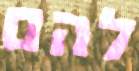
להם